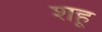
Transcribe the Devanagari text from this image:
शहू